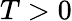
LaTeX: T>0